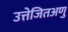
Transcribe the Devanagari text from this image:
उत्तेजितअणु